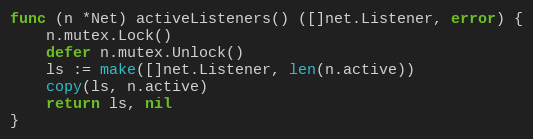
Language: Go
func (n *Net) activeListeners() ([]net.Listener, error) {
	n.mutex.Lock()
	defer n.mutex.Unlock()
	ls := make([]net.Listener, len(n.active))
	copy(ls, n.active)
	return ls, nil
}